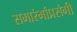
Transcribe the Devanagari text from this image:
समारंभांप्रसंगी